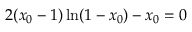
2 ( x _ { 0 } - 1 ) \ln ( 1 - x _ { 0 } ) - x _ { 0 } = 0